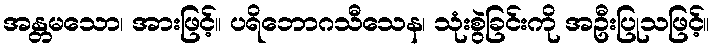
အန္တမသော၊ အားဖြင့်။ ပရိဘောဂသီသေန၊ သုံးစွဲခြင်းကို အဦးပြုသဖြင့်။